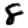
Digit: 8